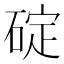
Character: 碇